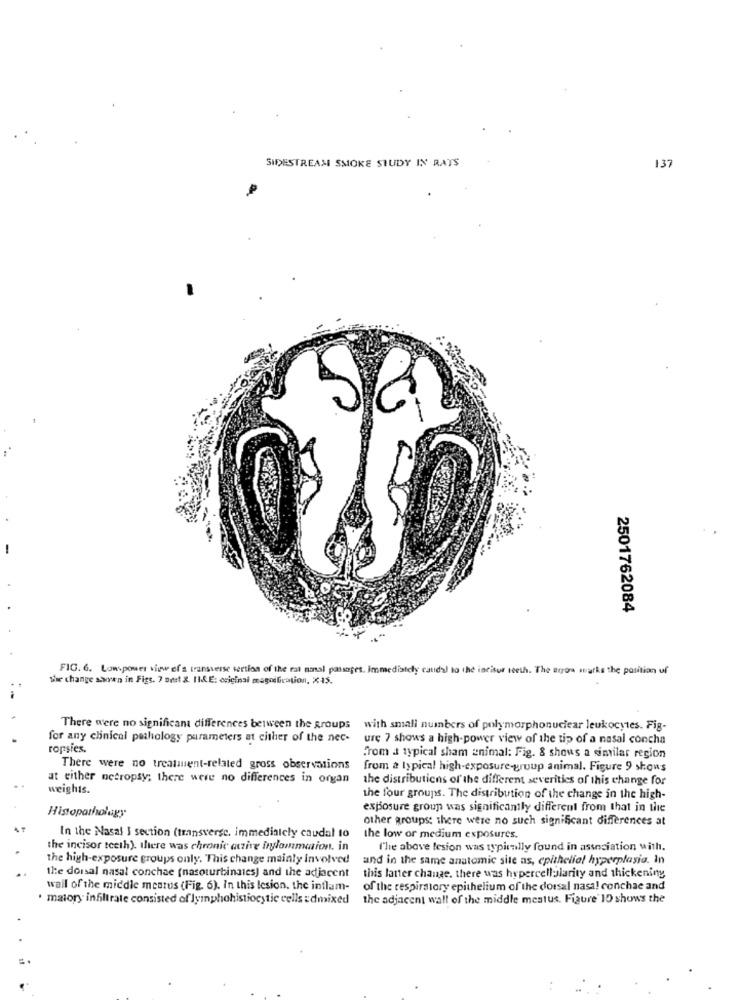
SIDESTREAM SMOKE STUDY IN RATS
137
2501762084
FIG. 6. Lowpower view of's transverse section of the rat nasal passages. immediately caudal to the incisur teeth. The arrow marks the position of
the change swen in Figs. 7 orat &. II& E: cvicinai magnification, X15.
There were no significant differences between the groups
with small numbers of polymorphonuclear leukocytes. Fig-
for any clinical pathology parameters at either of the nec-
ure 7 shows a high-power view of the tip of a nasal concha
ropsies.
from a typical sham animal: Fig. & shous a similar region
There were no treatment-related gross observations
from a typical high-exposure-group animal. Figure 9 shows
at either necropsy; there were no differences in organ
the distributions of the different severities of this change for
weights.
the four groups. The distribution of the change in the high-
exposure group was significantly different from that in the
Histopathology
other groups: there were no such significant differences at
In the Nasal I section (transverse, immediately caudal to
the low or medium exposures.
the incisor teeth). there was chronic atzive frylommaion, in
The above lesion was typically found in association with.
the high-exposure groups only. This change mainly Involved
and in the same anatomic site as, epithelial hyperplasia. In
the dorsal nasal conchae (nasoturbinales) and the adjacent
this latter change. there was hypercellularity and thickening
wall of the middle meatus (Fig. 6). in this lesion. the inflam-
of the respiratory epithelium of the dorsal nasa! conchae and
· matory infiltrate consisted of lymphohistiocytic cells edmixed the adjacent wall of the middle mestus. Figure' 10 shows the